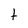
Character: t